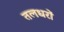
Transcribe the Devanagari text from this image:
तलधरों